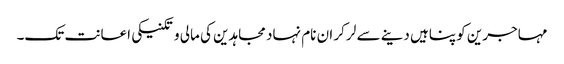
مہاجرین کو پناہیں دینے سے لر کر ان نام نہاد مجاہدین کی مالی و تکنیکی اعانت تک۔